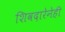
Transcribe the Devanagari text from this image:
शिवदारेनेही